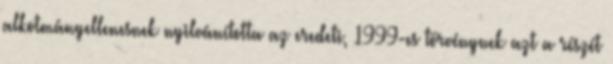
alkotmányellenesnek nyilvánította az eredeti, 1999-es törvénynek azt a részét